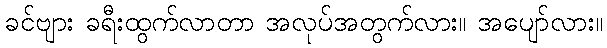
ခင်ဗျား ခရီးထွက်လာတာ အလုပ်အတွက်လား။ အပျော်လား။